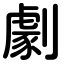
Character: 劇